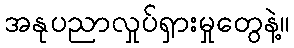
အနုပညာလှုပ်ရှားမှုတွေနဲ့။